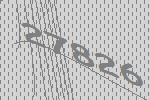
27826